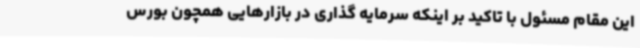
این مقام مسئول با تاکید بر اینکه سرمایه گذاری در بازارهایی همچون بورس